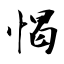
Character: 愒